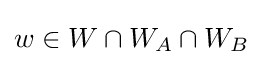
{\textstyle w\in W\cap W_{A}\cap W_{B}}